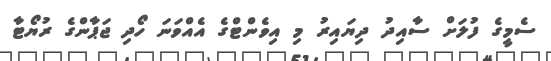
ސެމީގެ ފުލަށް ސާއިދު ދިޔައިރު މި އިވެންޓްގެ އެއްވަނަ ހޯދި ޖަޕާންގެ ރުޔޯޓާ